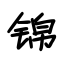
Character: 锦